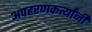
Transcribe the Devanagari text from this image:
अपहरणकर्त्यांनी